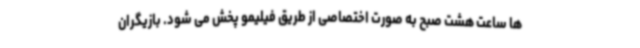
ها ساعت هشت صبح به صورت اختصاصی از طریق فیلیمو پخش می شود. بازیگران